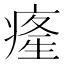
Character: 𤸇